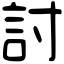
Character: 討